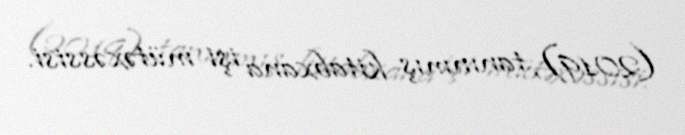
(2019), tanınmış kitabxana işi mütəxəssisi.